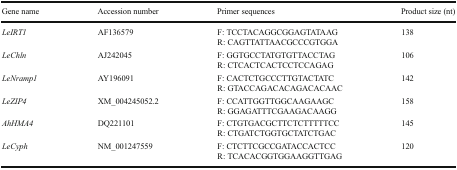
| Gene name | Accession number | Primer sequences | Product size (nt) |
 | --- | --- | --- | --- |
 | <ROWSPAN=2> LeIRT1 | <ROWSPAN=2> AF136579 | F: TCCTACAGGCGGAGTATAAG | <ROWSPAN=2> 138 |
 | R: CAGTTATTAACGCCCGTGGA |
 | <ROWSPAN=2> LeChln | <ROWSPAN=2> AJ242045 | F: GGTGCCTATGTGTTACCTAG | <ROWSPAN=2> 106 |
 | R: CTCACTCACTCCTCCAGAG |
 | <ROWSPAN=2> LeNramp1 | <ROWSPAN=2> AY196091 | F: CACTCTGCCCTTGTACTATC | <ROWSPAN=2> 142 |
 | R: GTACCAGACACAGACACAAC |
 | <ROWSPAN=2> LeZIP4 | <ROWSPAN=2> XM_004245052.2 | F: CCATTGGTTGGCAAGAAGC | <ROWSPAN=2> 158 |
 | R: GGAGATTTCGAAGACAAGG |
 | <ROWSPAN=2> AhHMA4 | <ROWSPAN=2> DQ221101 | F: CTGTGACGCTTCTCTTTTTCC | <ROWSPAN=2> 145 |
 | R: CTGATCTGGTGCTATCTGAC |
 | <ROWSPAN=2> LeCyph | <ROWSPAN=2> NM_001247559 | F: CTCTTCGCCGATACCACTCC | <ROWSPAN=2> 120 |
 | R: TCACACGGTGGAAGGTTGAG |